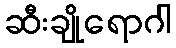
ဆီးချိုရောဂါ